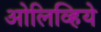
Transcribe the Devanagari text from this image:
ओलिव्हिये